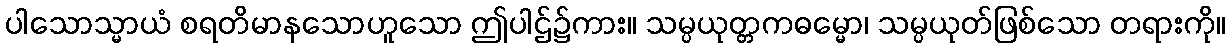
ပါသောသ္မာယံ စရတိမာနသောဟူသော ဤပါဌ်၌ကား။ သမ္ပယုတ္တကဓမ္မော၊ သမ္ပယုတ်ဖြစ်သော တရားကို။